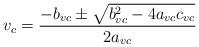
LaTeX: \begin{align*}v_c = \frac{ -b_{vc} \pm \sqrt{b_{vc}^2 - 4 a_{vc} c_{vc}}}{2 a_{vc}} \end{align*}